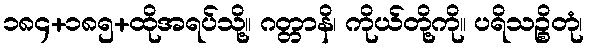
၁၈၄+၁၈၅+ထိုအရပ်သို့။ ဂတ္တာနိ၊ ကိုယ်တို့ကို။ ပရိသဉ္စိတုံ၊